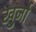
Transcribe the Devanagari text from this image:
खु्र्जा